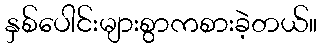
နှစ်ပေါင်းများစွာကစားခဲ့တယ်။